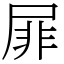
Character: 屝